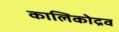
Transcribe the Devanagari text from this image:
कालिकोद्रव